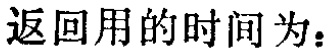
返回用的时间为：